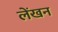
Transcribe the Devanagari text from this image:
लेंखन